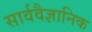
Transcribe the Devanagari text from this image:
सार्ववैज्ञानिक